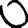
Digit: 0